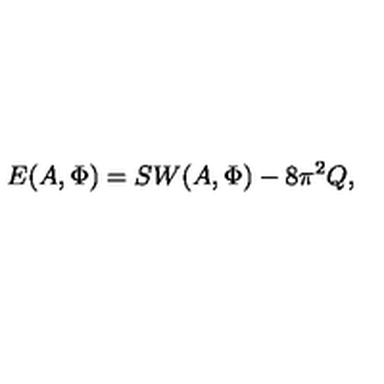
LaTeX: E ( A , \Phi ) = S W ( A , \Phi ) - 8 \pi ^ { 2 } Q ,